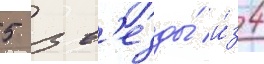
5 зв'езды́ и́з 4